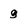
Character: q